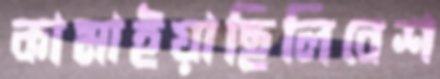
কামাইয়াছিলিবেশ